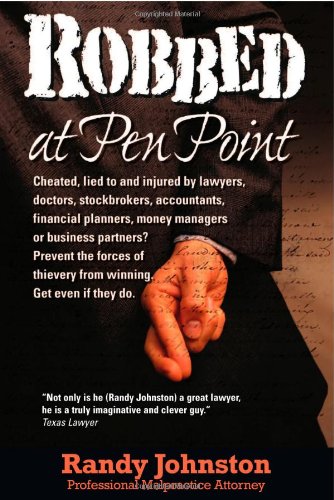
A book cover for Robbed at Pen Point; Randy Johnston; Law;